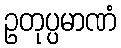
ဥတုပ္ပမာဏံ